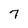
Character: 7